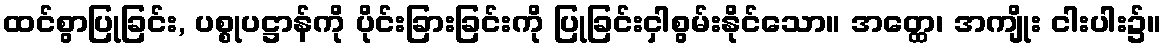
ထင်စွာပြုခြင်း, ပစ္စုပဋ္ဌာန်ကို ပိုင်းခြားခြင်းကို ပြုခြင်းငှါစွမ်းနိုင်သော။ အတ္ထေ၊ အကျိုး ငါးပါး၌။